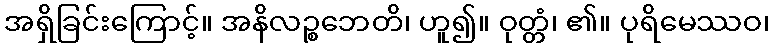
အရှိခြင်းကြောင့်။ အနိလဉ္စဘေတိ၊ ဟူ၍။ ဝုတ္တံ၊ ၏။ ပုရိမေဿဝ၊